King Institute of Preventive Medicine Bacteriolog. Section reports 1907-08
Year: 1907
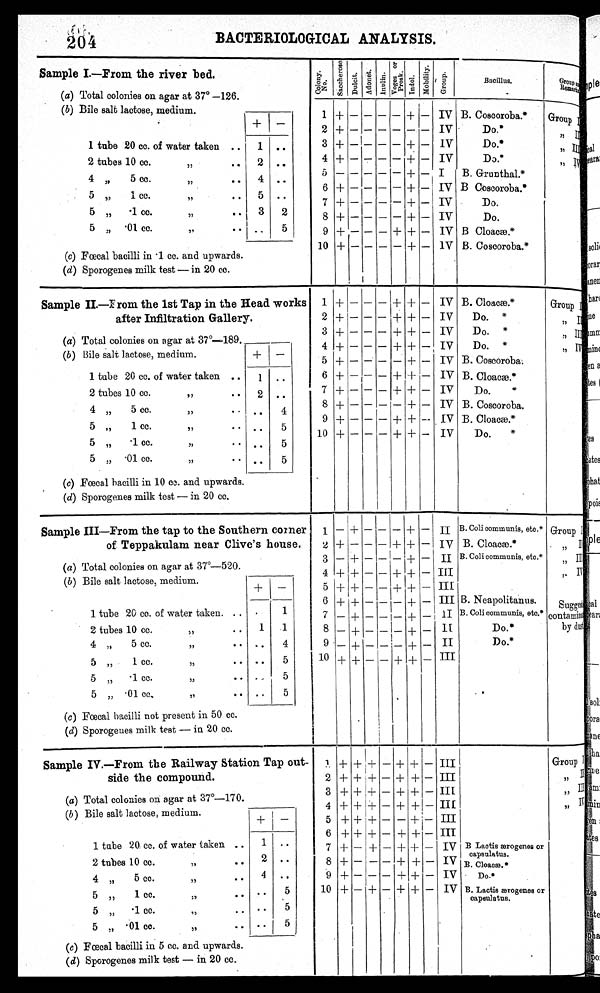
204
BACTERIOLOGICAL ANALYSIS.
Sample I.--Prom the river bed.
(a) Total colonies on agar at 37° —126.
(b) Bile salt lactose, medium.
1 tube 20 cc. of water taken ..
1 • •
2 tubes 10 cc.
.. 2 ..
, ,
4 „
5 cc.,,
• • 4 . •
5 „
1 cc.
,,
.. 5 . .
5 „ .1 cc.
,,
•• 3
2
5 „ • 01 cc.
,,
.
..
5
(c) Fœcal bacilli in • 1 cc. and upwards.
(d) Sporogenes milk test — in 20 cc.
C o l o n y N o .
S a c c h e r o s e .
Dulcit.
A d o n e t .
I n u l i n .
Voges and Pr os k .
I n d o l .
M o b i l i t y .
G r o u p .
B a c i l l u s .
G r o u p a n d R e m a r k s .
1
2
3
4
5
6
7
8
9
10
—
—
—
—
—
—
—
—
IV
IV
IV
IV
I
IV
IV
IV
IV
1V
—
—
—
—
-- --
— —
-
—
—
—
—
—
—
-
—
—
—
—
—
—
—
—
-
—
—
B. Coscoroba.*
Do.*
Do.*
Do.*
B. Grunthal.*
B Coscoroba.'
Do.
Do.
B Cloacæ.*
B. Coscoroba.*
+
+
+
+
—
+
+
+
+
—
—
—
—
—
—
+
—
-+—
+
+
+
+
+
+
+
+
Group I , , I I
, , I I
, , I I I,
, I V
Sample II.—From the 1st Tap in the Head works
after Infiltration Gallery.
(a) Total colonies on agar at 37°-189._
(b) Bile salt lactose, medium.
+ —
1 tube 20 cc. of water taken .. 1 • •
2 tubes 10 cc.
,,
• • 2 ..
4 „ 5 cc.
33
• ••
• ••
4
5
1 cc.
,,
•• .. 5
5 „ • 1 cc.
,,
• • .. 5
5 „ • 01 cc.
5/
• •
. •
5
(c) Fœcal bacilli in 10 cc. and upwards.
(d) Sporogenes milk test — in 20 cc.
1
2
3
4
5
6
7
8
9
10
+
+
+
+
+
+
+
+
+
+
—
—
—
—
—
—
—
—
—
—
—
—
—
—
—
—
—
—
—
—
—
—
—
—
—
—
—
—
—
—
+
+
-I--
+
—
+
+
—
+
+
+
+
+
+
+
+
+
+
+
+
—
—
—
—
—
—
—
—
—
—
IV
IV
IV
IV
IV
IV
IV
IV
IV
IV
B. Cloacæ*
Do. *
Do. *
Do. *
B. Coscoroba.
B. Cloacæ.*
Do.
B. Coscoroba.
B. Cloacæ.*
Do.
Group I , , I I
, , I I I
, , I V
Sample III--From the tap to the Southern comer
of Teppakulam near Clive's house.
(a) Total colonies on agar at 37°-520.
(b) Bile salt lactose, medium.
+ I—
1 tube 20 cc. of water taken. .. •
1
2 tubes 10 cc.
5)
• •
1
1
4 „ 5 cc.
,,
— ..
4
5
1 cc.
,,
.. ..
5
5 „ .1 cc.
,,
• •
5
5
.01 cc.
,,
..
..
5
(c) Fœcal bacilli not present in 50 cc.
(d) Sporogenes milk test — in 20 cc.
1
2
3
4
5
6
7
8
9
10
-
+
—
+
+
+
—
—
—
+
+
—
+
+
+
+
+
+
+
+
-
—
—
—
—
—
_
_
—
—
—
—
—
—
_
—
—I_
-
+
— +
++
+ +
—
_
_
+
+
+
+
+
+
+
+
-
—
—
—
—
—
— I
—
—
_
II
IV
II
III
III
III
a
II
II
III
B. Coll communis, etc.*
B. Cloacæ.*
B. Coli communis, etc.*
B. Neapolitanus.
B. Coli communis, etc.*
Do.*
Do.*
Group I, , I I
, , I I I
, , I V
Sample IV.—From the Railway Station Tap out-
side the compound.
(a) Total colonies on agar at 37 ο —170.
(b) Bile salt lactose, medium.
+ —
1 tube 20 cc. of water taken .. 1 • •
2 tubes 10 cc.
,,
• •
2 .
4 „ 5 cc.
,,
• • 4 ..
5 „ 1 CC.
,,
• •
• •
5
5 „ • 1 cc.
,,
• • • • 5
5 „ .01 cc.
,,
. • • •
(c) Fœcal bacilli in 5 cc. and upwards.
(d) Sporogenes milk test — in 20 cc.
1
2
3
4
5
6
7
8
9
10
+
+
+
+
+
+
+
+
+
++
+ + +
+ +
+
+ +
+
—
—
—
—
+
+
+
+
—
—
+
—
—
—
—
—
—
—
—
—
.
+
+
+
—
+
+
+
+
+
+
+
+ 1—
+—
+
+
+
+
—
—
—
—
—
—
—
III
III
III
III
III
III
IV
IV
IV
IV
B Lactis ærogenes or
capsulatus.
B. Cloacæ.
Do.*
B. Ladle ærogenes or
capsulatus.
Group I
I)
II
„ III , , I V